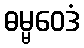
ဓမ္မဝေဒံ